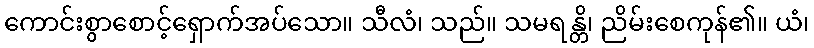
ကောင်းစွာစောင့်ရှောက်အပ်သော။ သီလံ၊ သည်။ သမရန္တိ၊ ညိမ်းစေကုန်၏။ ယံ၊